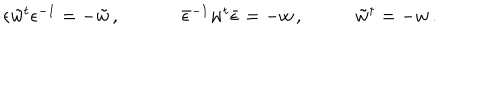
LaTeX: \begin{array} { c c c } { { \epsilon \tilde { w } { } ^ { t } \epsilon ^ { - 1 } = - \tilde { w } \, , ~ ~ } } & { { ~ \bar { \epsilon } ^ { - 1 } w ^ { t } \bar { \epsilon } = - w \, , ~ } } & { { \tilde { w } { } ^ { \dagger } = - w \, . } } \\ \end{array}